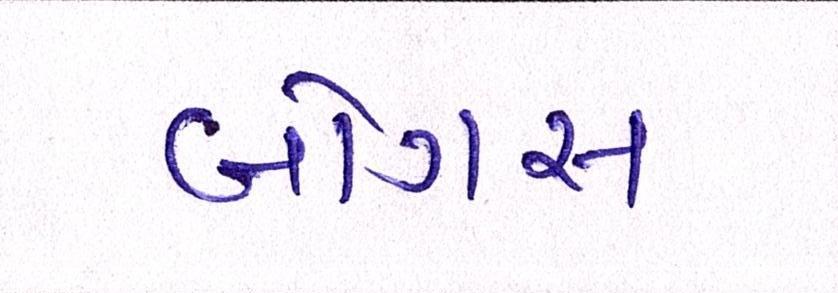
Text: બોગસ